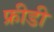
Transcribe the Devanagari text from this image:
फ्रीडी